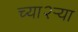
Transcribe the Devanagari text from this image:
च्या२ऱ्या